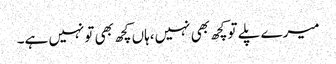
میرے پلے توکچھ بھی نہیں،ہاں کچھ بھی تونہیں ہے۔